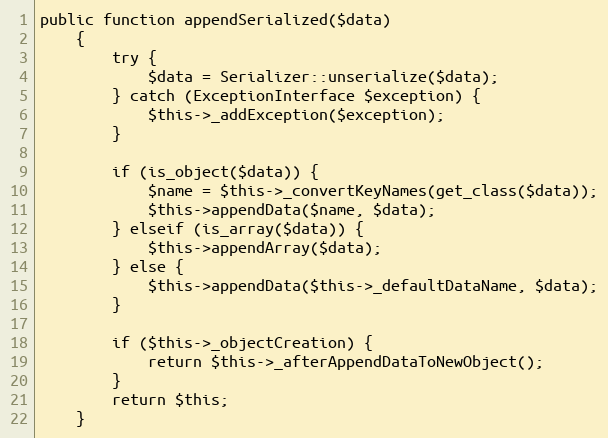
Language: PHP
public function appendSerialized($data)
    {
        try {
            $data = Serializer::unserialize($data);
        } catch (ExceptionInterface $exception) {
            $this->_addException($exception);
        }

        if (is_object($data)) {
            $name = $this->_convertKeyNames(get_class($data));
            $this->appendData($name, $data);
        } elseif (is_array($data)) {
            $this->appendArray($data);
        } else {
            $this->appendData($this->_defaultDataName, $data);
        }

        if ($this->_objectCreation) {
            return $this->_afterAppendDataToNewObject();
        }
        return $this;
    }